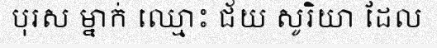
បុរស ម្នាក់ ឈ្មោះ ជ័យ សូរិយា ដែល